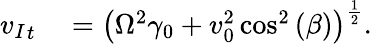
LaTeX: \begin{array}{rl}{{v_{I}}_{t}}&{{}=\left(\Omega^{2}\gamma_{0}+v_{0}^{2}\cos^{2}{(\beta)}\right)^{\frac{1}{2}}.}\end{array}